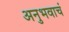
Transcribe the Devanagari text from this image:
अनुभवाचं